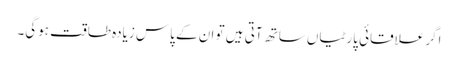
اگر علاقائی پارٹیاں ساتھ آتی ہیں تو ان کے پاس زیادہ طاقت ہوگی۔